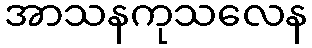
အာသနကုသလေန